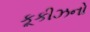
કૂકીઝનો